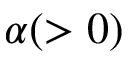
\alpha ( > 0 )